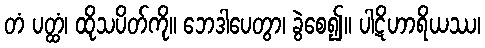
တံ ပတ္ထံ၊ ထိုသပိတ်ကို။ ဘေဒါပေတွာ၊ ခွဲစေ၍။ ပါဋိဟာရိယဿ၊